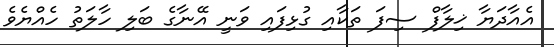
އެއާދަޔާ ޚިލާފް ސިފަ ތަކާއި ގުޅިފައި ވަނީ އޭނާގެ ބަލި ހާލަތު ހެއްޔެވެ